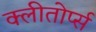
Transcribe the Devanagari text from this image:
क्लीतोर्प्स